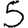
Digit: 5